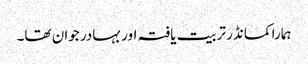
ہمارا کمانڈر تربیت یافتہ اور بہادر جوان تھا۔